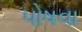
પોષવા